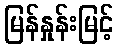
မြန်နှုန်းမြင့်